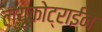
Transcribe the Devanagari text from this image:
ल्यूकोट्राईन